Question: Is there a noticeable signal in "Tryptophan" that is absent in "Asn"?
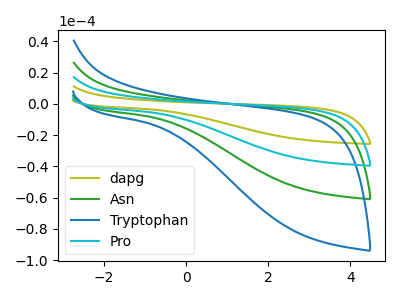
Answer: <think>The olive curve "dapg" has no peaks. The green curve "Asn" has no peaks. The blue curve "Tryptophan" has no peaks. The cyan curve "Pro" has no peaks.
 Neither "Tryptophan" or "Asn" have any peaks.</think>
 <answer>No, "Tryptophan" and "Asn" don't appear to be significantly different in shape</answer>
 <eval>no_change</eval>